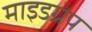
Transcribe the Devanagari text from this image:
माइडग्रेप